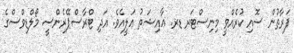
ފަރާތުން ސޮއި ކުރެއްވީ މިނިސްޓަރ ޑރ. ޢާއިޝަތު ޢަލީއެވެ. އަދި ޓްރާސްޕޭރެންސީ މޯލްޑިވްސްގެ